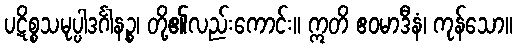
ပဋိစ္စသမုပ္ပါဒင်္ဂါနဉ္စ၊ တို့၏လည်းကောင်း။ ဣတိ ဧဝမာဒီနံ၊ ကုန်သော။